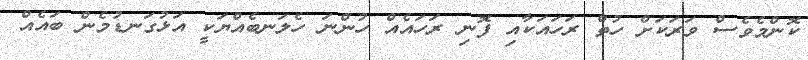
ކޮންމެވެސް ވަރަކަށް ހުތް ރަހައަކާއި ފޮނި ރަހައެއް ހުންނަ ހެލަނބެއްޔަކީ އަޅުގަނޑުމެން ބައެއް